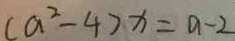
( a ^ { 2 } - 4 ) x = a - 2